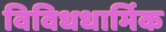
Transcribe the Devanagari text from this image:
विविधधार्मिक